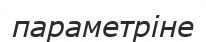
параметріне